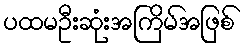
ပထမဦးဆုံးအကြိမ်အဖြစ်